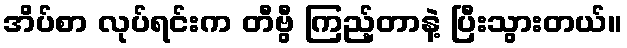
အိပ်စာ လုပ်ရင်းက တီဗွီ ကြည့်တာနဲ့ ပြီးသွားတယ်။